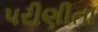
પરીણીતા